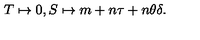
T \mapsto 0 , S \mapsto m + n \tau + n \theta \delta .